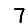
Digit: 7